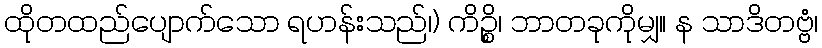
ထိုတထည်ပျောက်သော ရဟန်းသည်၊) ကိဉ္စိ၊ ဘာတခုကိုမျှ။ န သာဒိတဗ္ဗံ၊